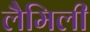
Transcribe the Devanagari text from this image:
लैमिली